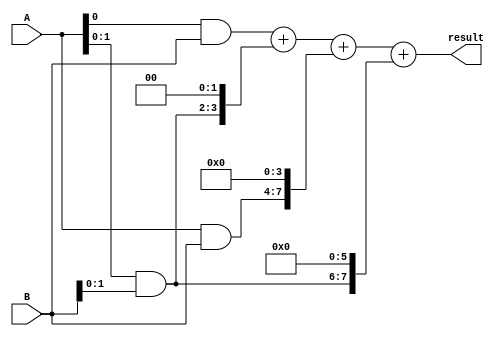
module radix4_multiplier (
  input [3:0] A,
  input [3:0] B,
  output reg [7:0] result
);

reg [7:0] partial_sum [0:3];

always @* begin
  partial_sum[0] = A[0] & B;
  partial_sum[1] = {A[1], A[0]} & {B[1], B[0]};
  partial_sum[2] = {2'b00, A} & B;
  partial_sum[3] = {2'b00, A} & {2'b00, B};

  result = partial_sum[0] + (partial_sum[1] << 2) + (partial_sum[2] << 4) + (partial_sum[3] << 6);
end

endmodule